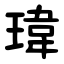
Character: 瑋